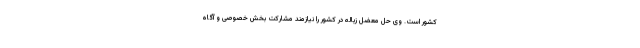
کشور است. وی حل معضل زباله در کشور را نیازمند مشارکت بخش خصوصی و آگاه